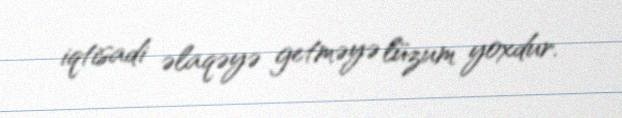
iqtisadi əlaqəyə getməyə lüzum yoxdur.